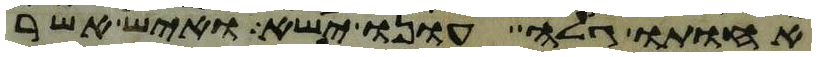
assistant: אחותו גלה עונו ישא ואיש אשר